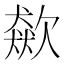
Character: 𣤛